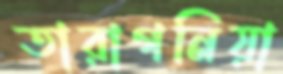
তারাগনিয়া